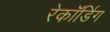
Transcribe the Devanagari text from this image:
रेकॉर्डिग